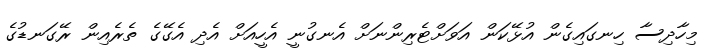
މިހާދިސާ ހިނގައިގެން އުޅޭކަން އަވަށްޓެރިންނަށް އެނގުނީ އެހީއަށް އެދި އެގޭގެ ތެރެއިން ރޭގަނޑުގެ